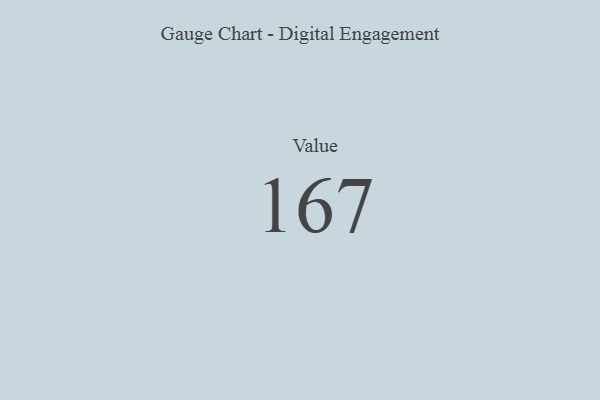
{"axis": {"x": "Metric", "y": "Value"}, "legend": [""], "data": [{"x": "Value", "y": 167, "type": ""}]}